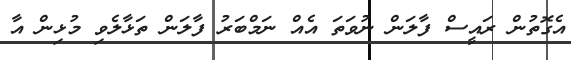
އެގޮތުން ރައީސް ފާލަން ނުވަތަ އެއް ނަމްބަރު ފާލަން ތަޅާލެވި މުޅިން އާ